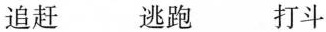
追赶 逃跑 打斗